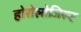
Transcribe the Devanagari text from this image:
होरोलोजिस्ट